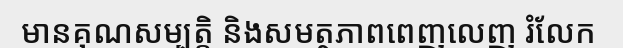
មានគុណសម្បត្តិ និងសមត្ថភាពពេញលេញ រំលែក